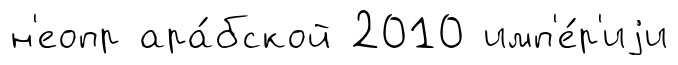
н'еопр ара́бской 2010 имп'е́р'иjи